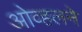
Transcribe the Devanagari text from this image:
ओव्हलने